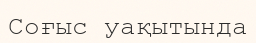
Соғыс уақытында